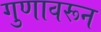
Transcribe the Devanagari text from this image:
गुणावरून